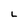
Character: L